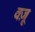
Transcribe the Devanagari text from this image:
वज़ू